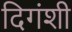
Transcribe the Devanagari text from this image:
दिगंशी